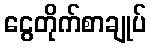
ငွေတိုက်စာချုပ်